Report of the King Institute of Preventive Medicine, Guindy
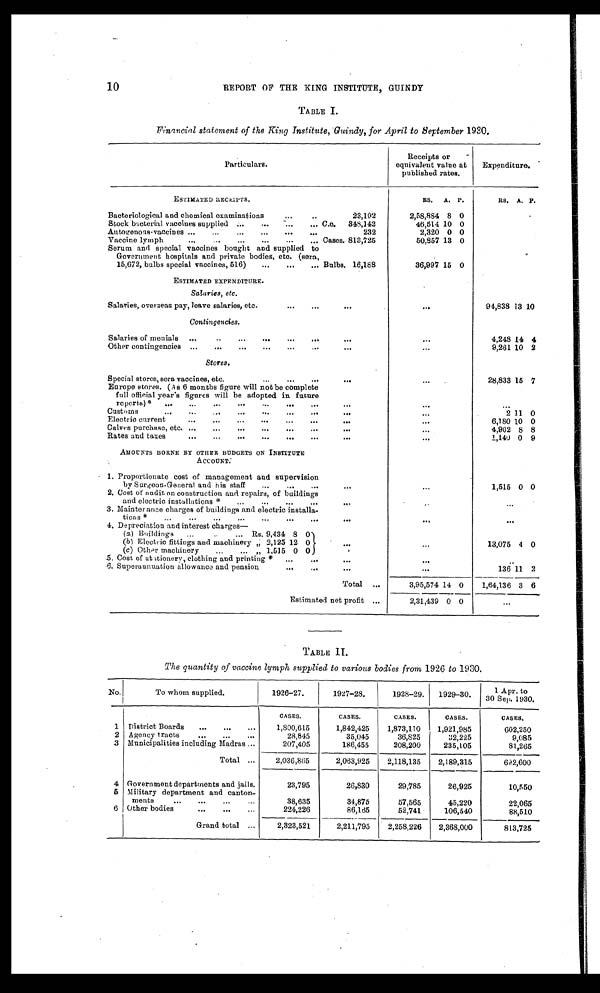
10
REPORT OF THE KING INSTITUTE, GUINDY
TABLE I.
Financial statement of the King Institute, Guindy, for April to September 1930.
Particulars.
Receipts or
equivalent value at
published rates.
Expenditure.
ESTIMATED RECEIPTS.
RS.
A. P.
RS. A. P .
Bacteriological and chemical examinations
23,192
2,58,884 8 0
Stock bacterial vaccines supplied ...
...
...
... C.c.
348,142
46,514 10 0
Autogenous-vaccines
...
...
...
...
...
...
232
2,320 0 0
Vaccine lymph
...
...
...
...
...
... Cases. 813,725
50,857 13 0
Serum and special vaccines bought and supplied to
Government hospitals and private bodies, etc. (sera,
15,672, bulbs special vaccines, 516)
...
...
... Bulbs. 16,188
36,997 15 0
ESTIMATED EXPENDITURE.
Salaries, etc.
Salaries, overseas pay, leave salaries, etc.
...
...
...
. . .
94,838 13 10
Contingencies.
Salaries of menials
... .. ... ... ... ... ...
. . .
4,248 14 4
Other contingencies ...
...
...
...
...
...
...
. . .
9,261 10 2
Stores.
Special stores, sera vaccines, etc....
...
...
. . .
28,833 15 7
Europe stores. (As 6 months figure will not be complete
full official year's figures will be adopted in future
reports)*
...
...
...
...
...
... ...
...
. . .
...
Customs
... ...
...
...
...
...
...
. . .
2 11 0
Electric current
...
...
...
...
...
...
...
...
6,180 10 0
Calves purchase, etc. ...
...
...
...
...
...
...
. . .
4,902 8 8
Rates and taxes
...
...
... ...
...
...
...
...
1,140 0 9
AMOUNTS BORNE BY OTHER BUDGETS ON INSTITUTE
A C C O U N T .
1. Proportionate cost of management and supervision
by Surgeon-General and his staff
...
...
. . .
1,515 0 0
2. Cost of audit on construction and repairs, of buildings
and electric installations *
...
...
...
...
...
...
. . .
3. Maintenance charges of buildings and electric installa-
ti ons *
...
...
...
...
...
...
...
...
. . .
. . .
4. Depreciation and interest charges-
(a) Buildings
...
. . .
. . . R s . 9 , 4 3 4 8 0
(b) Electric fittings and machinery ,, 2,125 12 0
...
. . .
13,075 4 0
(c) Other machinery
...
... „ 1,515 0 0
5. Cost of stationery, clothing and printing *
...
...
...
. . .
6. Superannuation allowance and pension ...
. . .
136 11 2
Total
...
3,95,574 14
0
0
1,64,136 3 6
Estimated net profit ...
2,31,439
0
...
TABLE II .
The quantity of vaccine lymph supplied to various bodies from 1926 to 1930.
No.
To whom supplied.
1926-27.
1927-28.
1928-29.
1929-30.
1 Apr. to
30 Sep. 1930.
CASES.
CASES.
CASES.
CASES.
CAS ES .
1 District Boards
...
...
...
1,800,615
1,842,425
1,873,110
1,921,985
602,250
2 Agency tracts
...
...
...
28,845
35,045
36,825
32,225
9,085
3 Municipalities including Madras ...
207,405
186,455
208,200
235,105
81,265
Total ...
2,036,865
2,063,925
2,118,135
-
2,189,315
692,600
4 Government departments and jails.
23,795
26,830
29,785
26,925
10,550
5 Military department and canton-
ments
...
...
...
...
38,635
34,875
57,565
45,220
22,065
6 Other bodies
...
...
. . .
224,226
86,165
52,741
106,540
88,510
Grand total ...
2,323,521
2,211,795
2,258,226
2,368,000
_
813,725